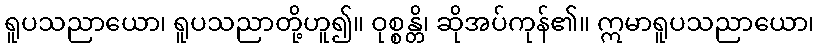
ရူပသညာယော၊ ရူပသညာတို့ဟူ၍။ ဝုစ္စန္တိ၊ ဆိုအပ်ကုန်၏။ ဣမာရူပသညာယော၊